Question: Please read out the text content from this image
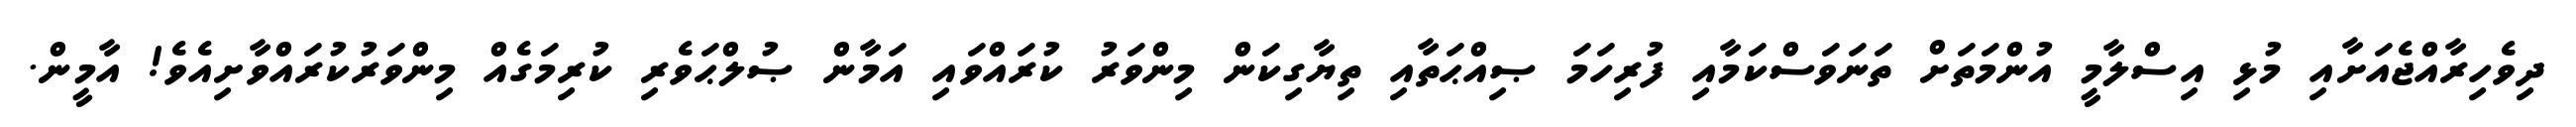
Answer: ދިވެހިރާއްޖެއަށާއި މުޅި އިސްލާމީ އުންމަތަށް ތަނަވަސްކަމާއި ފުރިހަމަ ޞިއްޙަތާއި ތިޔާގިކަން މިންވަރު ކުރައްވައި އަމާން ޞުލްޙަވެރި ކުރިމަގެއް މިންވަރުކުރައްވާށިއެވެ! އާމީން.